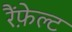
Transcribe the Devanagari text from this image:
रैंफ़ेल्ट